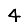
Digit: 4